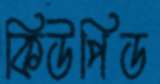
কিউপিড